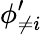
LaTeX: \phi_{\neq i}^{\prime}